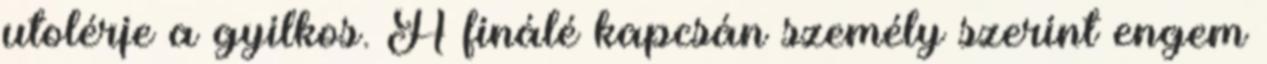
utolérje a gyilkos. A finálé kapcsán személy szerint engem